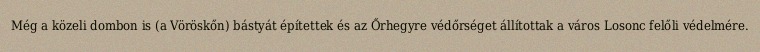
Még a közeli dombon is (a Vöröskőn) bástyát építettek és az Őrhegyre védőrséget állítottak a város Losonc felőli védelmére.